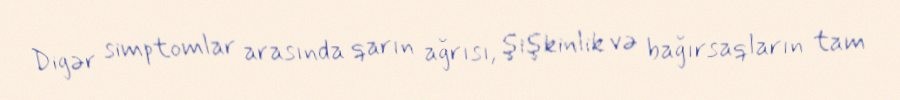
Digər simptomlar arasında qarın ağrısı, şişkinlik və bağırsaqların tam